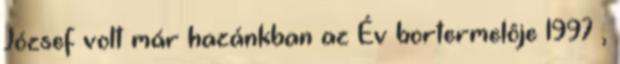
József volt már hazánkban az Év bortermelôje 1997 ,